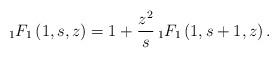
LaTeX: \begin{align*} {}_{1}F_{1}\left(1,s,z\right)=1+\frac{z^2}s\,{}_{1}F_{1}\left(1,s+1,z\right). \end{align*}